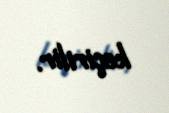
keçirilir.